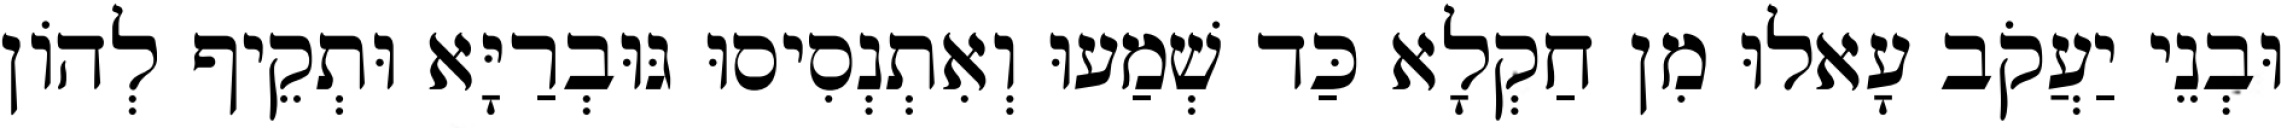
וּבְנֵי יַעֲקֹב עָאלוּ מִן חַקְלָא כַּד שְׁמַעוּ וְאִתְנְסִיסוּ גּוּבְרַיָּא וּתְקֵיף לְהוֹן